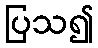
ပြသ၍